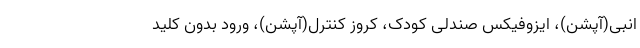
انبی(آپشن)، ایزوفیکس صندلی کودک، کروز کنترل(آپشن)، ورود بدون کلید